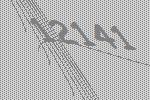
12141